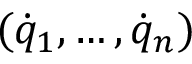
( { \dot { q } } _ { 1 } , \dots , { \dot { q } } _ { n } )